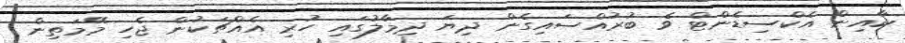
ކާއިން އެކްސިޑެންޓް ވެ ބުރުއްސައިގެން ދިޔަ ދިމާލުގައި ހުރި އެއްޗަކުން ޖެހި މޭމަތިން